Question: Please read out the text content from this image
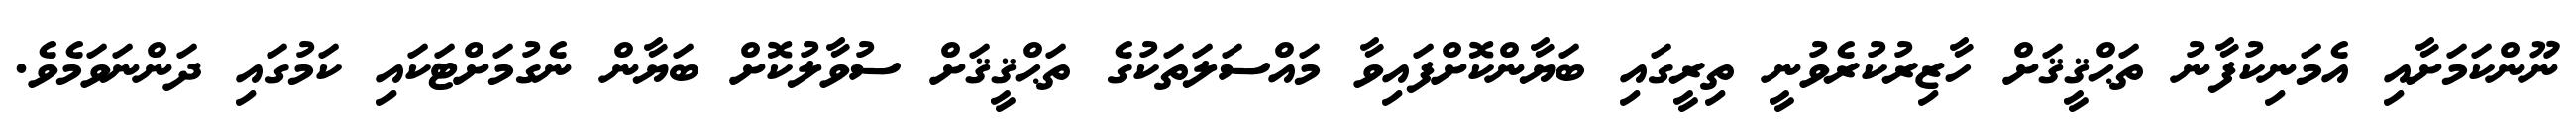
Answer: ނޫންކަމަށާއި އެމަނިކުފާނު ތަޙްޤީޤަށް ހާޒިރުކުރެވުނީ ތިރީގައި ބަޔާންކޮށްފައިވާ މައްސަލަތަކުގެ ތަޙްޤީޤަށް ސުވާލުކޮށް ބަޔާން ނެގުމަށްޓަކައި ކަމުގައި ދަންނަވަމެވެ.